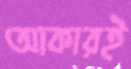
আকারই